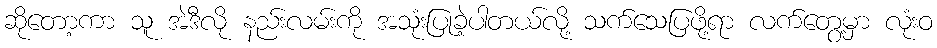
ဆိုတော့ကာ သူ အဲဒီလို နည်းလမ်းကို အသုံးပြုခဲ့ပါတယ်လို့ သက်သေပြဖို့ရာ လက်တွေ့မှာ လုံးဝ